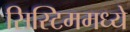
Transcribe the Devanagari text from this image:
सिस्टिममध्ये